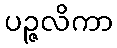
ပဉ္ဇလိကာ